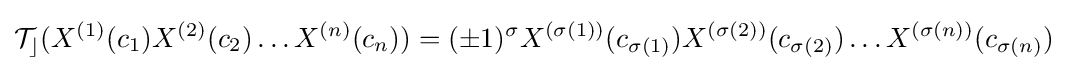
{\mathcal {T_{c}}}(X^{(1)}(c_{1})X^{(2)}(c_{2})\ldots X^{(n)}(c_{n}))=(\pm 1)^{\sigma }X^{(\sigma (1))}(c_{\sigma (1)})X^{(\sigma (2))}(c_{\sigma (2)})\ldots X^{(\sigma (n))}(c_{\sigma (n)})